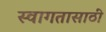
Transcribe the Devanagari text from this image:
स्वागतासाठीं